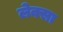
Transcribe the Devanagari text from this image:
लेक्सा